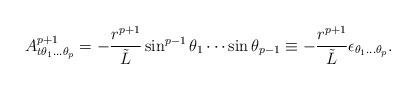
LaTeX: \begin{align*}A^{p+1}_{t\theta_1...\theta_p}=-{{r^{p+1}}\over\tilde{L}}\sin^{p-1}\theta_1\cdots\sin\theta_{p-1}\equiv -{r^{p+1}\over\tilde{L}}\epsilon_{\theta_1...\theta_p}.\end{align*}